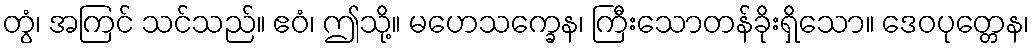
တွံ၊ အကြင် သင်သည်။ ဧဝံ၊ ဤသို့။ မဟေသက္ခေန၊ ကြီးသောတန်ခိုးရှိသော။ ဒေဝပုတ္တေန၊